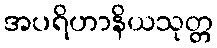
အပရိဟာနိယသုတ္တ